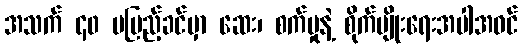
အသက် ၄၀ မပြည့်ခင်မှာ ဆေး၊ စက်မှုနဲ့ စိုက်ပျိုးရေးအပါအဝင်